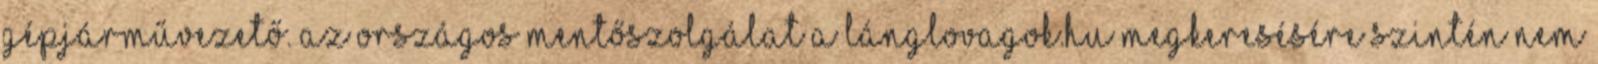
gépjárművezető. Az Országos Mentőszolgálat a Lánglovagok.hu megkeresésére szintén nem